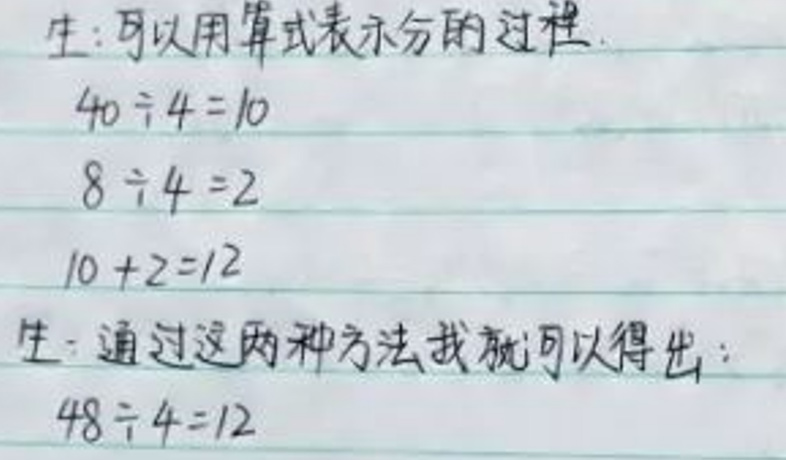
生：可以用算式表示分的过程。

\[
\begin{align*}
40\div4&=10\\
8\div4&=2\\
10 + 2&=12
\end{align*}
\]

生：通过这两种方法我就可以得出：

\[48\div4 = 12\]